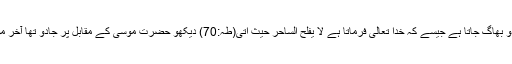
بلکہ ان کو دیکھ کر جادو بھاگ جاتا ہے جیسے کہ خدا تعالیٰ فرماتا ہے لَا یُفْلِحُ السَّاحِرُ حَیْثُ اَتٰی(طٰہٰ:70) دیکھو حضرت موسیٰؑ کے مقابل پر جادو تھا آخر موسیٰؑ غالب ہوا کہ نہیں؟